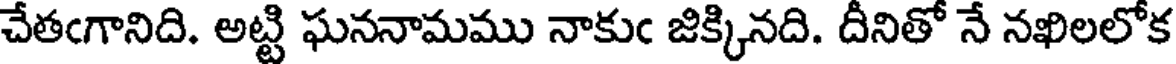
చేతఁగానిది. అట్టి ఘననామము నాకుఁ జిక్కినది. దీనితో నే నఖిలలోక